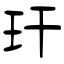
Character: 玕